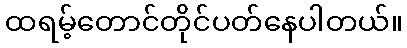
ထရမ့်တောင်တိုင်ပတ်နေပါတယ်။